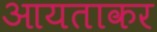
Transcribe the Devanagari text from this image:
आयताकर